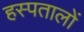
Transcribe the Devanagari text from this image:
हस्पतालों